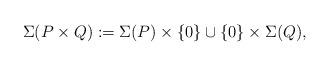
LaTeX: \begin{align*} \Sigma(P\times Q):=\Sigma(P)\times\{0\}\cup\{0\}\times\Sigma(Q), \end{align*}